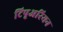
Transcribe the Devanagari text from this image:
टिपृअरियन